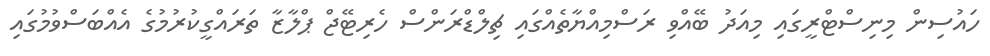
ހައުސިން މިނިސްޓްރީގައި މިއަދު ބޭއްވި ރަސްމިއްޔާތެއްގައި ޗިލްޑްރަންސް ހެރިޓޭޖް ޕްލާޒާ ތަރައްގީކުރުމުގެ އެއްބަސްވުމުގައި